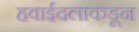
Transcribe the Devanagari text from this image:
हवाईदलाकडून